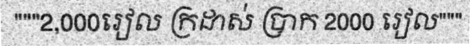
"""2,000រៀល ក្រដាស់ ប្រាក 2000 រៀល"""